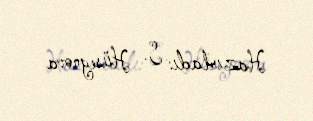
Hazırladı: S. Hüseynova